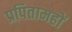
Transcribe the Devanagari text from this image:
प्रपितामहों